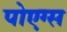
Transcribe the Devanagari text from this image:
पोएग्स